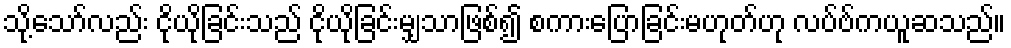
သို့သော်လည်း ငိုယိုခြင်းသည် ငိုယိုခြင်းမျှသာဖြစ်၍ စကားပြောခြင်းမဟုတ်ဟု လပ်ဗ်ကယူဆသည်။